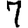
Digit: 7